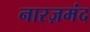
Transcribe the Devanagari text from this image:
नारज़मंद